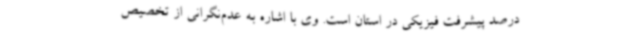
درصد پیشرفت فیزیکی در استان است. وی با اشاره به عدم‌نگرانی از تخصیص